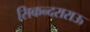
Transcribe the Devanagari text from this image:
सिकन्‍दराराऊ